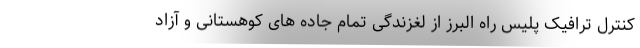
کنترل ترافیک پلیس راه البرز از لغزندگی تمام جاده های کوهستانی و آزاد